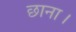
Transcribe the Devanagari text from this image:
छाना।